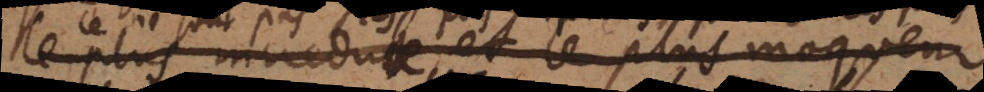
le plus incredule et le plus moqueur,